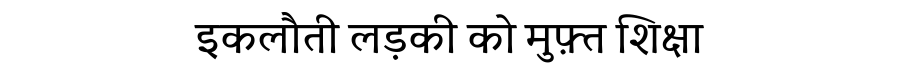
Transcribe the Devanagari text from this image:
इकलौती लड़की को मुफ़्त शिक्षा